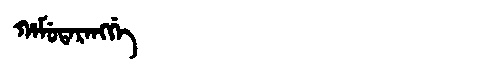
Manchu: ᡥᠠᠮᡠᡨᠠᡵᠠᠩᡤᡝ
Romanization: HAMUTARANGGE